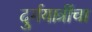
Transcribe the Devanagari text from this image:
दुर्गयात्रींचा